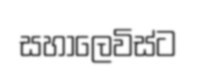
සහාලෙවිස්ට